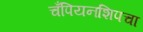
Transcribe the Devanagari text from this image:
चँपियनशिपचा